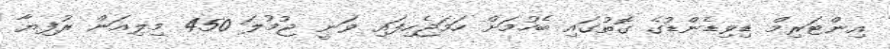
އިންޓަރިމް ޑިވިޑެންޑުގެ ގޮތުގައި ބެހުމަށް ހަމަޖެހިފައި ވަނީ ޖުމުލަ 450 މިލިއަން ރުފިޔާ